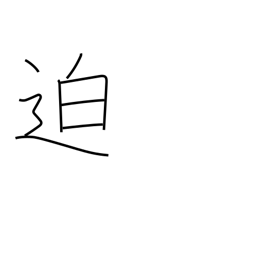
Meaning: imminent